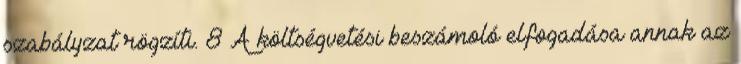
szabályzat rögzíti. 8 A költségvetési beszámoló elfogadása annak az